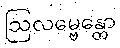
ဩလမ္ဗေန္တော